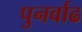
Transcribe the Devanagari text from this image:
पुनर्वाढ